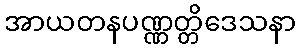
အာယတနပဏ္ဏတ္တိဒေသနာ